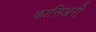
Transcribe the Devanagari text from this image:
कासिअरी